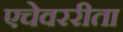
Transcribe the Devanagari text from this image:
एचेवररीता